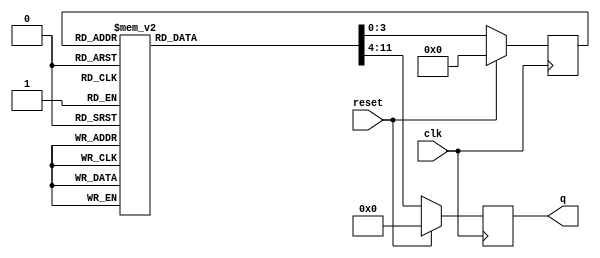
module light(clk, reset, q);
	input clk, reset;
	output reg[7:0] q;  // 1
	reg[3:0] state;
	parameter s0 = 4'b0000,
			  s1 = 4'b0001,
			  s2 = 4'b0011,
			  s3 = 4'b0010,
			  s4 = 4'b0110,
			  s5 = 4'b0111,
			  s6 = 4'b0101,
			  s7 = 4'b0100,
			  s8 = 4'b1100,
			  s9 = 4'b1101,
			  s10 = 4'b1111,
			  s11 = 4'b1110; // 

	always @ (posedge clk)
	begin
		if (reset) 
		begin
			q = 8'b0; // 
			state = s0;
		end
		else 
		begin
			case (state)
				s0: begin state = s1; q = 8'h0; end // 8
				s1: begin state = s2; q = 8'hff; end
				s2: begin state = s3; q = 8'h01; end // 
				s3: begin state = s4; q = 8'h02; end
				s4: begin state = s5; q = 8'h04; end
				s5: begin state = s6; q = 8'h08; end
				s6: begin state = s7; q = 8'h10; end
				s7: begin state = s8; q = 8'h20; end
				s8: begin state = s9; q = 8'h40; end
				s9: begin state = s10; q = 8'h80; end
				s10: begin state = s11; q = 8'b01010101; end // 44
				s11: begin state = s0; q = 8'b10101010; end
				default: begin state = s0; q = 8'b0; end
			endcase
		end
	end
endmodule